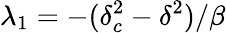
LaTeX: \lambda_{1}=-(\delta_{c}^{2}-\delta^{2})/\beta